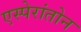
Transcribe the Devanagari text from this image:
एस्पेरांतोन